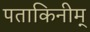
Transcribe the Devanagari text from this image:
पताकिनीम्